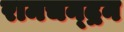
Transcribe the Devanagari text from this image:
रामचन्‍द्रन